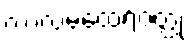
ကာလမထေရ်ဝတ္ထု